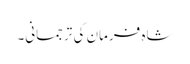
شاہ فرمان کی ترجمانی۔